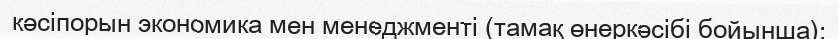
кәсіпорын экономика мен менеджменті (тамақ өнеркәсібі бойынша);